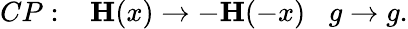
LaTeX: CP:\; \; \; {\mathbf H(x)}\rightarrow-{\mathbf H(-x)}\; \; \; g\rightarrow g.